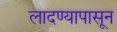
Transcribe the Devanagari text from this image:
लादण्यापासून